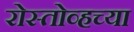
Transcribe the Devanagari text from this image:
रोस्तोव्हच्या